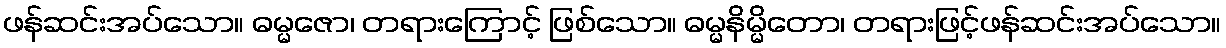
ဖန်ဆင်းအပ်သော။ ဓမ္မဇော၊ တရားကြောင့် ဖြစ်သော။ ဓမ္မနိမ္မိတော၊ တရားဖြင့်ဖန်ဆင်းအပ်သော။